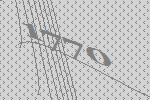
1770